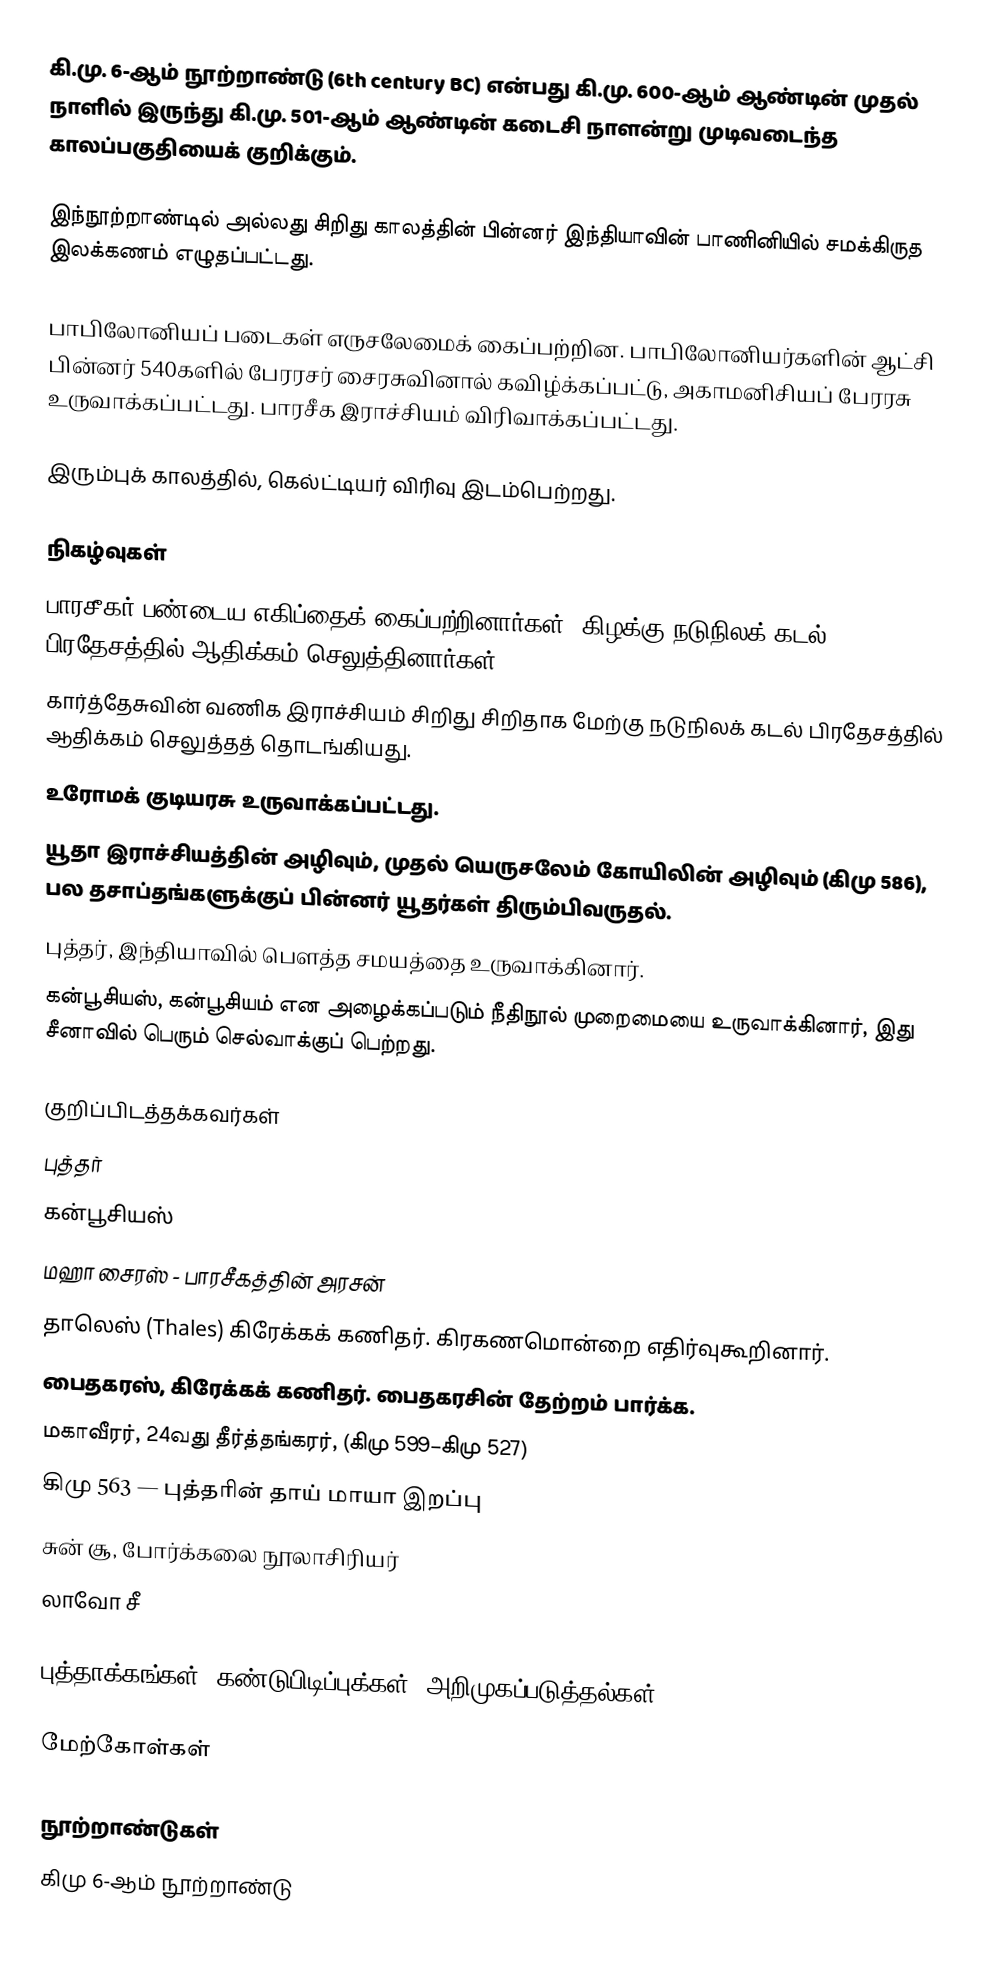
கி.மு. 6-ஆம் நூற்றாண்டு (6th century  BC) என்பது கி.மு. 600-ஆம் ஆண்டின் முதல் நாளில் இருந்து கி.மு. 501-ஆம் ஆண்டின் கடைசி நாளன்று முடிவடைந்த காலப்பகுதியைக் குறிக்கும்.

இந்நூற்றாண்டில் அல்லது சிறிது காலத்தின் பின்னர் இந்தியாவின் பாணினியில் சமக்கிருத இலக்கணம் எழுதப்பட்டது.

பாபிலோனியப் படைகள் எருசலேமைக் கைப்பற்றின. பாபிலோனியர்களின் ஆட்சி பின்னர் 540களில் பேரரசர் சைரசுவினால் கவிழ்க்கப்பட்டு, அகாமனிசியப் பேரரசு உருவாக்கப்பட்டது. பாரசீக இராச்சியம் விரிவாக்கப்பட்டது.

இரும்புக் காலத்தில், கெல்ட்டியர் விரிவு இடம்பெற்றது.

நிகழ்வுகள்
 பாரசீகர் பண்டைய எகிப்தைக் கைப்பற்றினார்கள், கிழக்கு நடுநிலக் கடல் பிரதேசத்தில் ஆதிக்கம் செலுத்தினார்கள்.
 கார்த்தேசுவின் வணிக இராச்சியம் சிறிது சிறிதாக மேற்கு நடுநிலக் கடல் பிரதேசத்தில் ஆதிக்கம் செலுத்தத் தொடங்கியது.
 உரோமக் குடியரசு உருவாக்கப்பட்டது.
 யூதா இராச்சியத்தின் அழிவும், முதல் யெருசலேம் கோயிலின் அழிவும் (கிமு 586), பல தசாப்தங்களுக்குப் பின்னர் யூதர்கள் திரும்பிவருதல்.
 புத்தர், இந்தியாவில் பௌத்த சமயத்தை உருவாக்கினார்.
 கன்பூசியஸ், கன்பூசியம் என அழைக்கப்படும் நீதிநூல் முறைமையை உருவாக்கினார், இது சீனாவில் பெரும் செல்வாக்குப் பெற்றது.

குறிப்பிடத்தக்கவர்கள்
 புத்தர்
 கன்பூசியஸ்
 மஹா சைரஸ் - பாரசீகத்தின் அரசன்
 தாலெஸ் (Thales) கிரேக்கக் கணிதர். கிரகணமொன்றை எதிர்வுகூறினார்.
 பைதகரஸ், கிரேக்கக் கணிதர். பைதகரசின் தேற்றம் பார்க்க.
 மகாவீரர், 24வது தீர்த்தங்கரர், (கிமு 599–கிமு 527)
கிமு 563 — புத்தரின் தாய் மாயா இறப்பு
சுன் சூ, போர்க்கலை நூலாசிரியர்
 லாவோ சீ

புத்தாக்கங்கள், கண்டுபிடிப்புக்கள், அறிமுகப்படுத்தல்கள்

மேற்கோள்கள்

நூற்றாண்டுகள்
கிமு 6-ஆம் நூற்றாண்டு